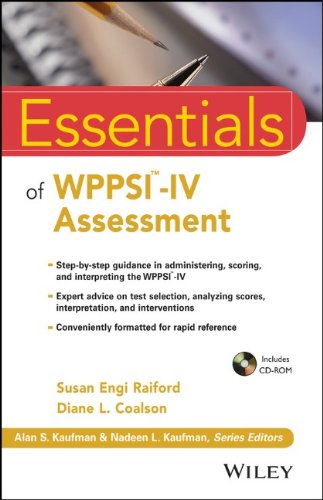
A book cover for Essentials of WPPSI-IV Assessment (Essentials of Psychological Assessment); Susan Engi Raiford; Medical Books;